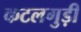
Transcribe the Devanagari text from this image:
कटलगुड़ी